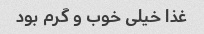
غذا خیلی خوب و گرم بود